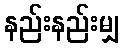
နည်းနည်းမျှ